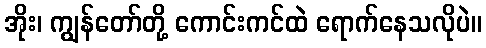
အိုး၊ ကျွန်တော်တို့ ကောင်းကင်ထဲ ရောက်နေသလိုပဲ။